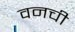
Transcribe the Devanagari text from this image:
वनची